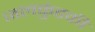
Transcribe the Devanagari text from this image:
जलकुंडकी